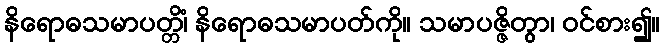
နိရောဓသမာပတ္တိံ၊ နိရောဓသမာပတ်ကို။ သမာပဇ္ဇိတွာ၊ ဝင်စား၍။